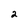
Character: 2